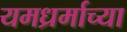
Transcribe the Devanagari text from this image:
यमध्रर्माच्या